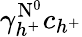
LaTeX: \gamma_{h^{+}}^{\mathrm{N}^{0}}c_{h^{+}}